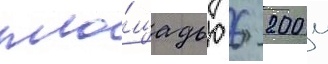
пло́щадью 6 200 м